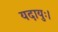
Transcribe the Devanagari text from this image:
यदायुः।